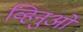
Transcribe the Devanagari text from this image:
व्हिनुओ